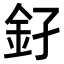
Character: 𨥂